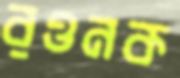
রওনক